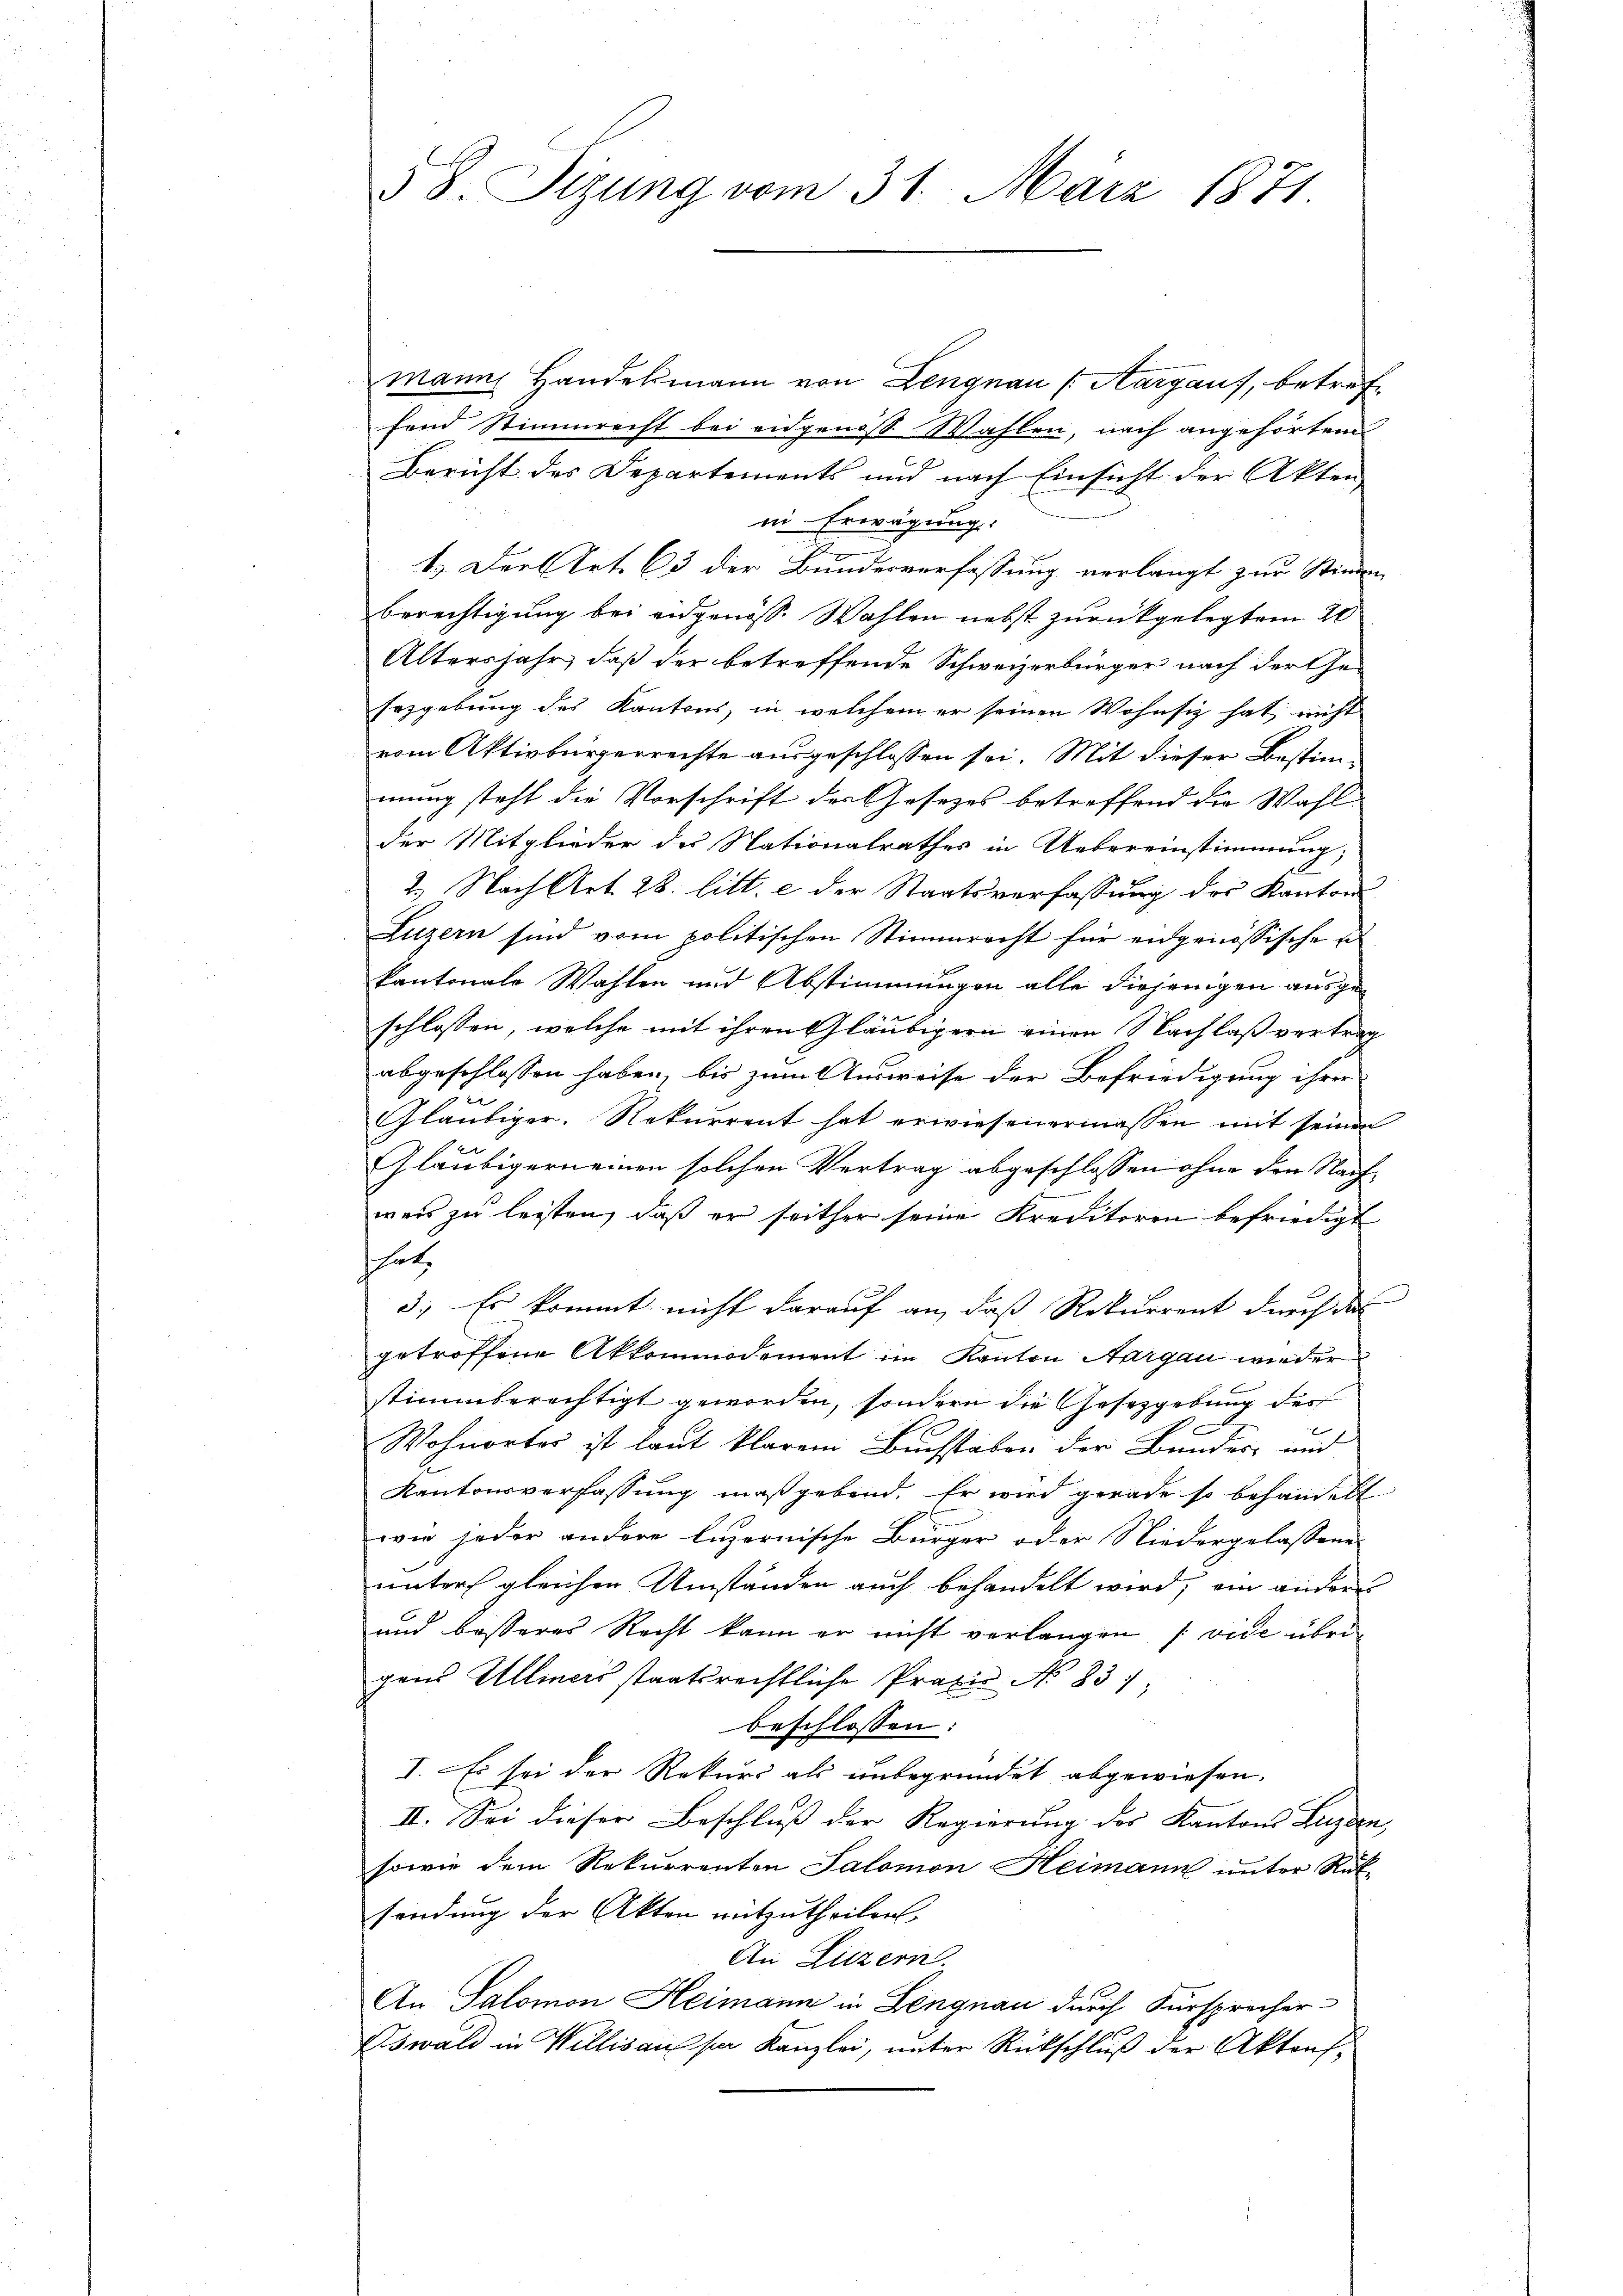
§ 8. Sizung vom 31. März 1871.

manns Handelsmann von Lengnau (Aargaus, betreffend Stimmrecht bei eidgenoß Wahlen, nach angehörtem
Bericht des Departements und nach Einsicht der Akten
ii Erwägung:
1.) Der Art. 63 der Bundesverfassung verlangt zur Stimmen
berechtigung bei eidgenöss. Wahlen nebst zurückgelegtem 20
Altersjahr, daß der betreffende Schweizerbürger nach der Ge-
Erzgebung des Kantons, in welchem er seinen Wohnsiz hat, nicht
vom Aktivbürgerrechte ausgeschlossen sei. Mit dieser Bestimmung steht die Vorschrift der Gesezes betreffend die Wahl
der Mitglieder des Nationalrathes in Uebereinstimmung,
2.) Nach Art. 28. litt. e der Staatsverfassung des Kantons-
Luzern sind vom politischen Stimmrecht für engenössische u
kantonale Wahlen und Abstimmungen alle diejenigen ausgeschlossen, welche mit ihren Gläubigern einen Nachlaß vertrag
abgeschlossen haben, bis zum Ausweise der Befriedigung ihrer
Gläubiger. Rekurrent hat erwiesenermassen mit seinen
Gläubigernemen solchen Vertrag abgeschlossen ohne den Nachweis zu leisten, daß er seither seine Kreditoren befriedigt
shut
3., Es kommt nicht darauf an, daß Rekurrent durch des
getroffene Akkommodement im Kanton Aargau wieder
stimmberechtigt geworden, sondern die Gesetzgebung des
2
Wohnortes ist laut klarem Buchstaben der Bundes- und
Kantonsverfassung maßgebend. Er wird gerade so behandelt
wie jeder andere luzernische Bürger oder Niedergelassene
unters gleichen Umständen auch behandelt wird, ein andere
und besseres Recht kann er nicht verlangen [vide übrigens Ulliners staatsrechtliche Praxis No 837;
beschlossen:
I. Es sei der Rekurs als unbegründet abgewiesen.
II. Sei dieser Beschluß der Regierung der Kantons Luzern,
sowie dem Rekurrenten Salomon Heimann unter Rük-
sendung der Akten mitzutheilen.
An Liezern.
An Salomon Heimann in Lengnau durch Fürsprecher
Oswald in Willisau par Kanzlei, unter Rückschluß der Aktens¬